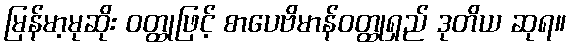
မြန်မာ့မုဆိုး ဝတ္ထုဖြင့် စာပေဗိမာန်ဝတ္ထုရှည် ဒုတိယ ဆုရ။